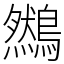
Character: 䳿